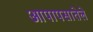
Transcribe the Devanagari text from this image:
आपापसातेले